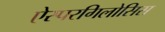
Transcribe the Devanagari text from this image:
ऐस्परगिलोसिस